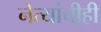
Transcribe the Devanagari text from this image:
नेत्यांचीही